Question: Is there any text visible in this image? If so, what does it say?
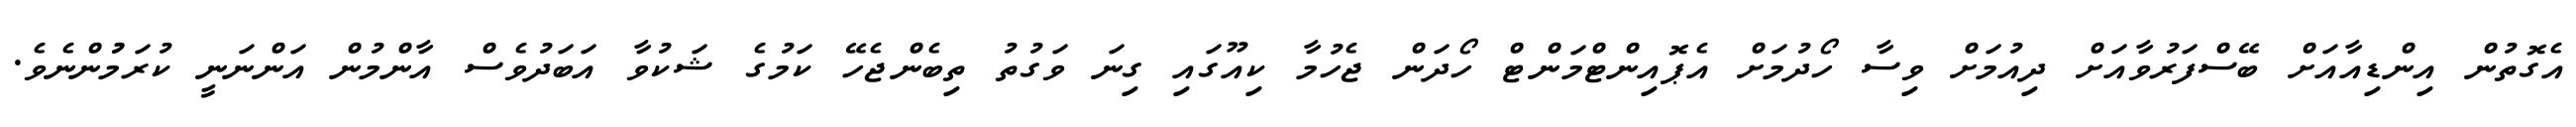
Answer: އެގޮތުން އިންޑިއާއަށް ބޭސްފަރުވާއަށް ދިއުމަށް ވިސާ ހޯދުމަށް އެޕޮއިންޓްމަންޓް ހޯދަން ޖެހުމާ ކިއޫގައި ގިނަ ވަގުތު ތިބެންޖެހޭ ކަމުގެ ޝަކުވާ އަބަދުވެސް އާންމުން އަންނަނީ ކުރަމުުންނެވެ.